Civil Veterinary Department. Madras. Admin. report 1926-33 - 1926-1933
Year: 1926
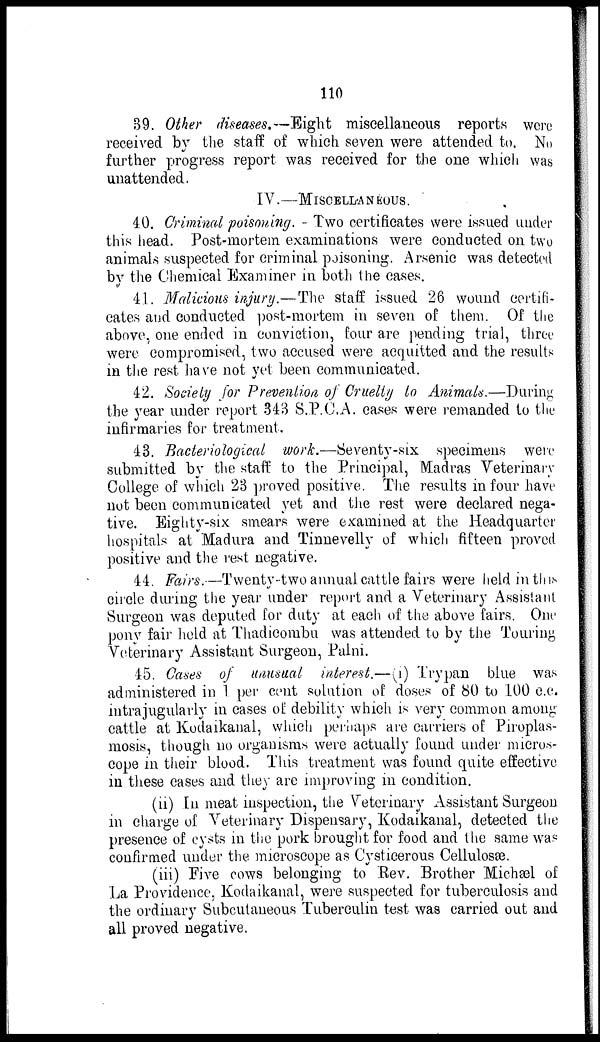
110
39. Other diseases.—Eight miscellaneous reports were
received by the staff of which seven were attended to. No
further progress report was received for the one which was
unattended.
IV.—MISCELLANEOUS.
40. Criminal poisoning. - Two certificates were issued under
this head. Post-mortem examinations were conducted on two
animals suspected for criminal poisoning. Arsenic was detected
by the Chemical Examiner in both the cases.
41. Malicious injury.—The staff issued 26 wound certifi-
cates and conducted post-mortem in seven of them. Of the
above, one ended in conviction, four are pending trial, three
were compromised, two accused were acquitted and the results
in the rest have not yet been communicated.
42. Society for Prevention of Cruelty to Animals.—During
the year under report 343 S.P.C.A. cases were remanded to the
infirmaries for treatment.
43. Bacteriological work.—Seventy-six specimens were
submitted by the staff to the Principal, Madras Veterinary
College of which 23 proved positive. The results in four have
not been communicated yet and the rest were declared nega-
tive. Eighty-six smears were examined at the Headquarter
hospitals at Madura and Tinnevelly of which fifteen proved
positive and the rest negative.
44. Fairs.—Twenty-two annual cattle fairs were held in this
circle during the year under report and a Veterinary Assistant
Surgeon was deputed for duty at each of the above fairs. One
pony fair held at Thadicombu was attended to by the Touring
Veterinary Assistant Surgeon, Palni.
45. Cases of unusual interest.—(i) Trypan blue was
administered in 1 per cent solution of doses of 80 to 100 c.c.
intrajugularly in cases of debility which is very common among
cattle at Kodaikanal, which perhaps are carriers of Piroplas-
mosis, though no organisms were actually found under micros-
cope in their blood. This treatment was found quite effective
in these cases and they are improving in condition.
(ii) In meat inspection, the Veterinary Assistant Surgeon
in charge of Veterinary Dispensary, Kodaikanal, detected the
presence of cysts in the pork brought for food and the same was
confirmed under the microscope as Cysticerous Cellulosæ.
(iii) Five cows belonging to Rev. Brother Michæl of
La Providence, Kodaikanal, were suspected for tuberculosis and
the ordinary Subcutaneous Tuberculin test was carried out and
all proved negative.